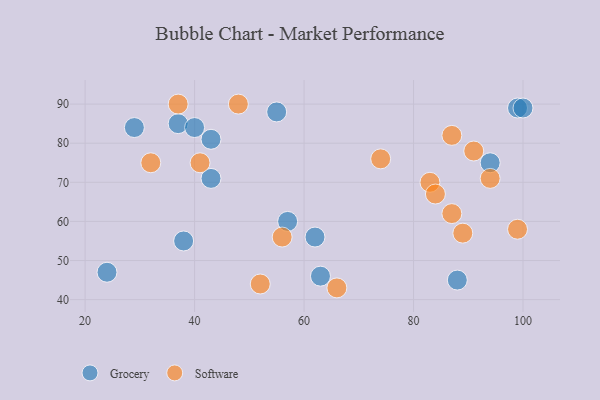
{"axis": {"x": "GDP", "y": "Life Expectancy"}, "legend": ["Grocery", "Software"], "data": [{"x": "38", "y": 55, "type": "Grocery"}, {"x": "94", "y": 75, "type": "Grocery"}, {"x": "43", "y": 81, "type": "Grocery"}, {"x": "57", "y": 60, "type": "Grocery"}, {"x": "29", "y": 84, "type": "Grocery"}, {"x": "62", "y": 56, "type": "Grocery"}, {"x": "88", "y": 45, "type": "Grocery"}, {"x": "24", "y": 47, "type": "Grocery"}, {"x": "99", "y": 89, "type": "Grocery"}, {"x": "100", "y": 89, "type": "Grocery"}, {"x": "63", "y": 46, "type": "Grocery"}, {"x": "37", "y": 85, "type": "Grocery"}, {"x": "40", "y": 84, "type": "Grocery"}, {"x": "43", "y": 71, "type": "Grocery"}, {"x": "55", "y": 88, "type": "Grocery"}, {"x": "94", "y": 71, "type": "Software"}, {"x": "83", "y": 70, "type": "Software"}, {"x": "66", "y": 43, "type": "Software"}, {"x": "52", "y": 44, "type": "Software"}, {"x": "89", "y": 57, "type": "Software"}, {"x": "87", "y": 82, "type": "Software"}, {"x": "56", "y": 56, "type": "Software"}, {"x": "41", "y": 75, "type": "Software"}, {"x": "37", "y": 90, "type": "Software"}, {"x": "99", "y": 58, "type": "Software"}, {"x": "74", "y": 76, "type": "Software"}, {"x": "87", "y": 62, "type": "Software"}, {"x": "32", "y": 75, "type": "Software"}, {"x": "84", "y": 67, "type": "Software"}, {"x": "91", "y": 78, "type": "Software"}, {"x": "48", "y": 90, "type": "Software"}]}